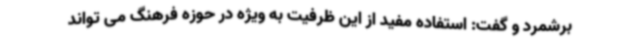
برشمرد و گفت: استفاده مفید از این ظرفیت به ویژه در حوزه فرهنگ می تواند